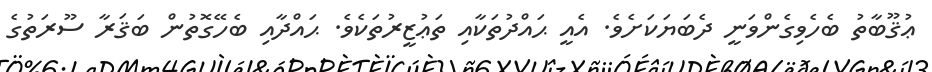
ޢުޤޫބާތު ބެހެވިގެންވަނީ ދެބަޔަކަށެވެ. އެއީ ޙައްދުތަކާއި ތަޢުޒީރުތަކެވެ. ޙައްދާއި ބެހޭގޮތުން ބަޤަރާ ސޫރަތުގެ